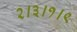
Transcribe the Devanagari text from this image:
२।३।१।९